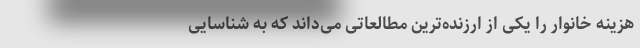
هزینه خانوار را یکی از ارزنده‌ترین مطالعاتی می‌داند که به شناسایی